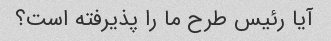
آیا رئیس طرح ما را پذیرفته است؟